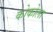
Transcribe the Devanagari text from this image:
कोकोला